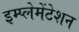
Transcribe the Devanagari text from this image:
इम्प्लेमेंटेशन